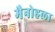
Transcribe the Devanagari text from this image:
मैनोहला